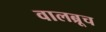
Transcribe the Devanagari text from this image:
वालब्रूच